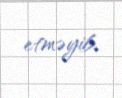
etməyib.